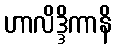
ဟာလိဒ္ဒိကာနိ